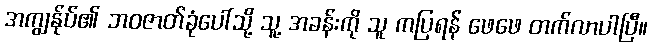
အကျွန်ုပ်၏ ဘဝဇာတ်ခုံပေါ်သို့ သူ့ အခန်းကို သူ ကပြရန် ဖေဖေ တက်လာပါပြီ။